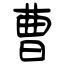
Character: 曹